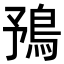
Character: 𩿗